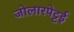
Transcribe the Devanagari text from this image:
जोलारपेट्टई